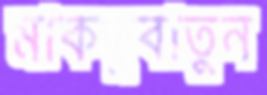
মাকতুবাতুন